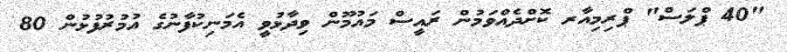
"40 ޕްލަސް" ޕްރިމިއާރ ކޮށްދެއްވަމުން ރައީސް މައުމޫން ވިދާޅުވީ އެމަނިކުފާނުގެ އުމުރުފުޅުން 80